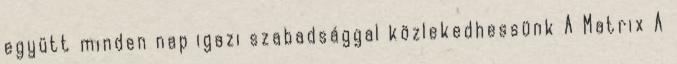
együtt minden nap igazi szabadsággal közlekedhessünk A Matrix A